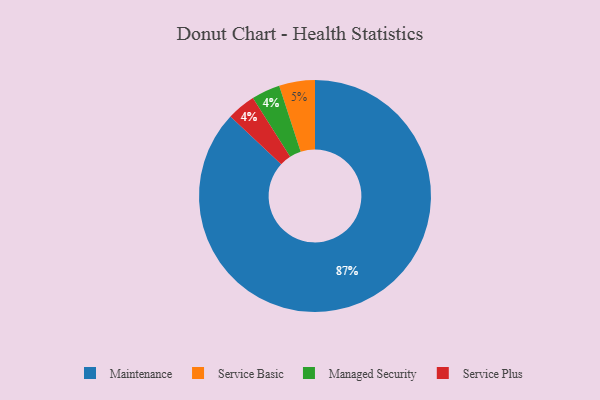
{"axis": {"x": "Category", "y": "Percentage"}, "legend": ["Maintenance", "Managed Security", "Service Basic", "Service Plus"], "data": [{"x": "Maintenance", "y": 87, "type": "Maintenance"}, {"x": "Managed Security", "y": 4, "type": "Managed Security"}, {"x": "Service Plus", "y": 4, "type": "Service Plus"}, {"x": "Service Basic", "y": 5, "type": "Service Basic"}]}